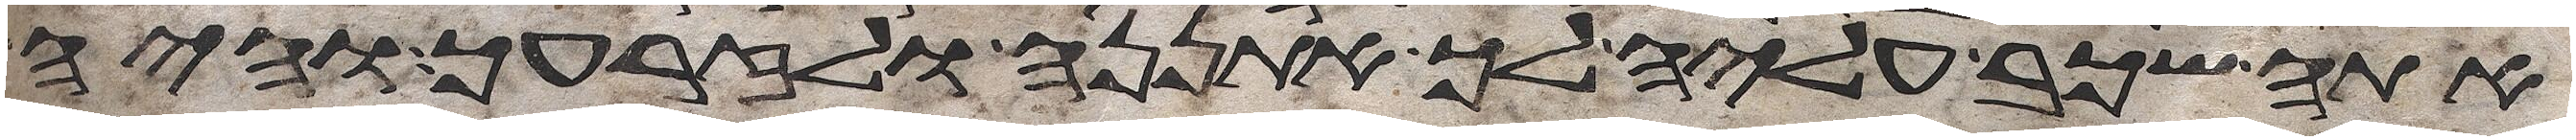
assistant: אתה שכב עליה לך אתננה ולזרעך והיה